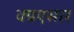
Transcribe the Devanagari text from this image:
क्प्रएसार